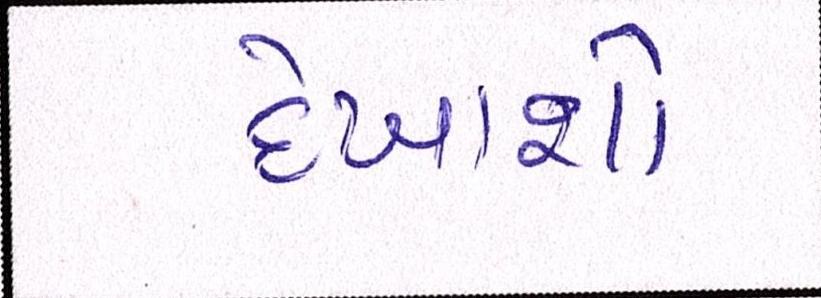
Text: દેખાશો